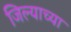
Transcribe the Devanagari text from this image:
जिल्याच्या